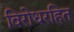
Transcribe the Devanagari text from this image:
विरोधरहित